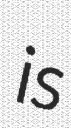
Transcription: is